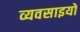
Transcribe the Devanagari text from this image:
व्यवसाइयों